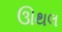
ઊથલ